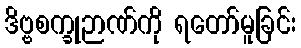
ဒိဗ္ဗစက္ခုဉာဏ်ကို ရတော်မူခြင်း